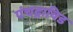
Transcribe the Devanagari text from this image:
पंचद्राविड